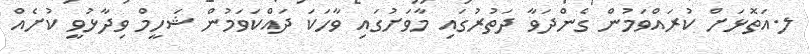
ލ.އަތޮޅަށް ކުރައްވަމުން ގެންދަވާ ދަތުރުގައި މާވަށުގައި ވާހަކަ ދައްކަވަމުން ޝަހީމް ވިދާޅުވީ ކުށެއް